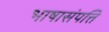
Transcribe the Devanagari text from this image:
भाषासंपत्ति